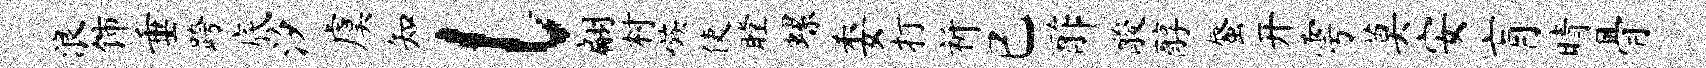
浪饰垂跨底汐虞知l翩村嗾使瞠螺委打祈已酢酸醇蜃开雩莫安肓晴骨